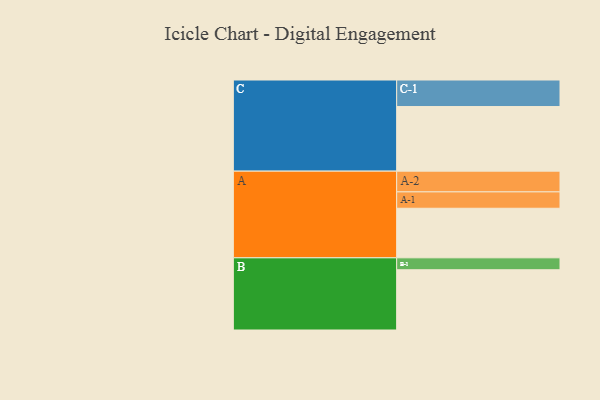
{"axis": {"x": "Segment", "y": "Value"}, "legend": ["", "A", "B", "C"], "data": [{"x": "A", "y": 366, "type": ""}, {"x": "B", "y": 445, "type": ""}, {"x": "C", "y": 477, "type": ""}, {"x": "A-1", "y": 121, "type": "A"}, {"x": "A-2", "y": 153, "type": "A"}, {"x": "B-1", "y": 88, "type": "B"}, {"x": "C-1", "y": 196, "type": "C"}]}